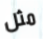
مثل